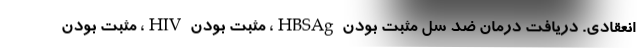
انعقادی. دریافت درمان ضد سل مثبت بودن HBSAg، مثبت بودن HIV، مثبت بودن